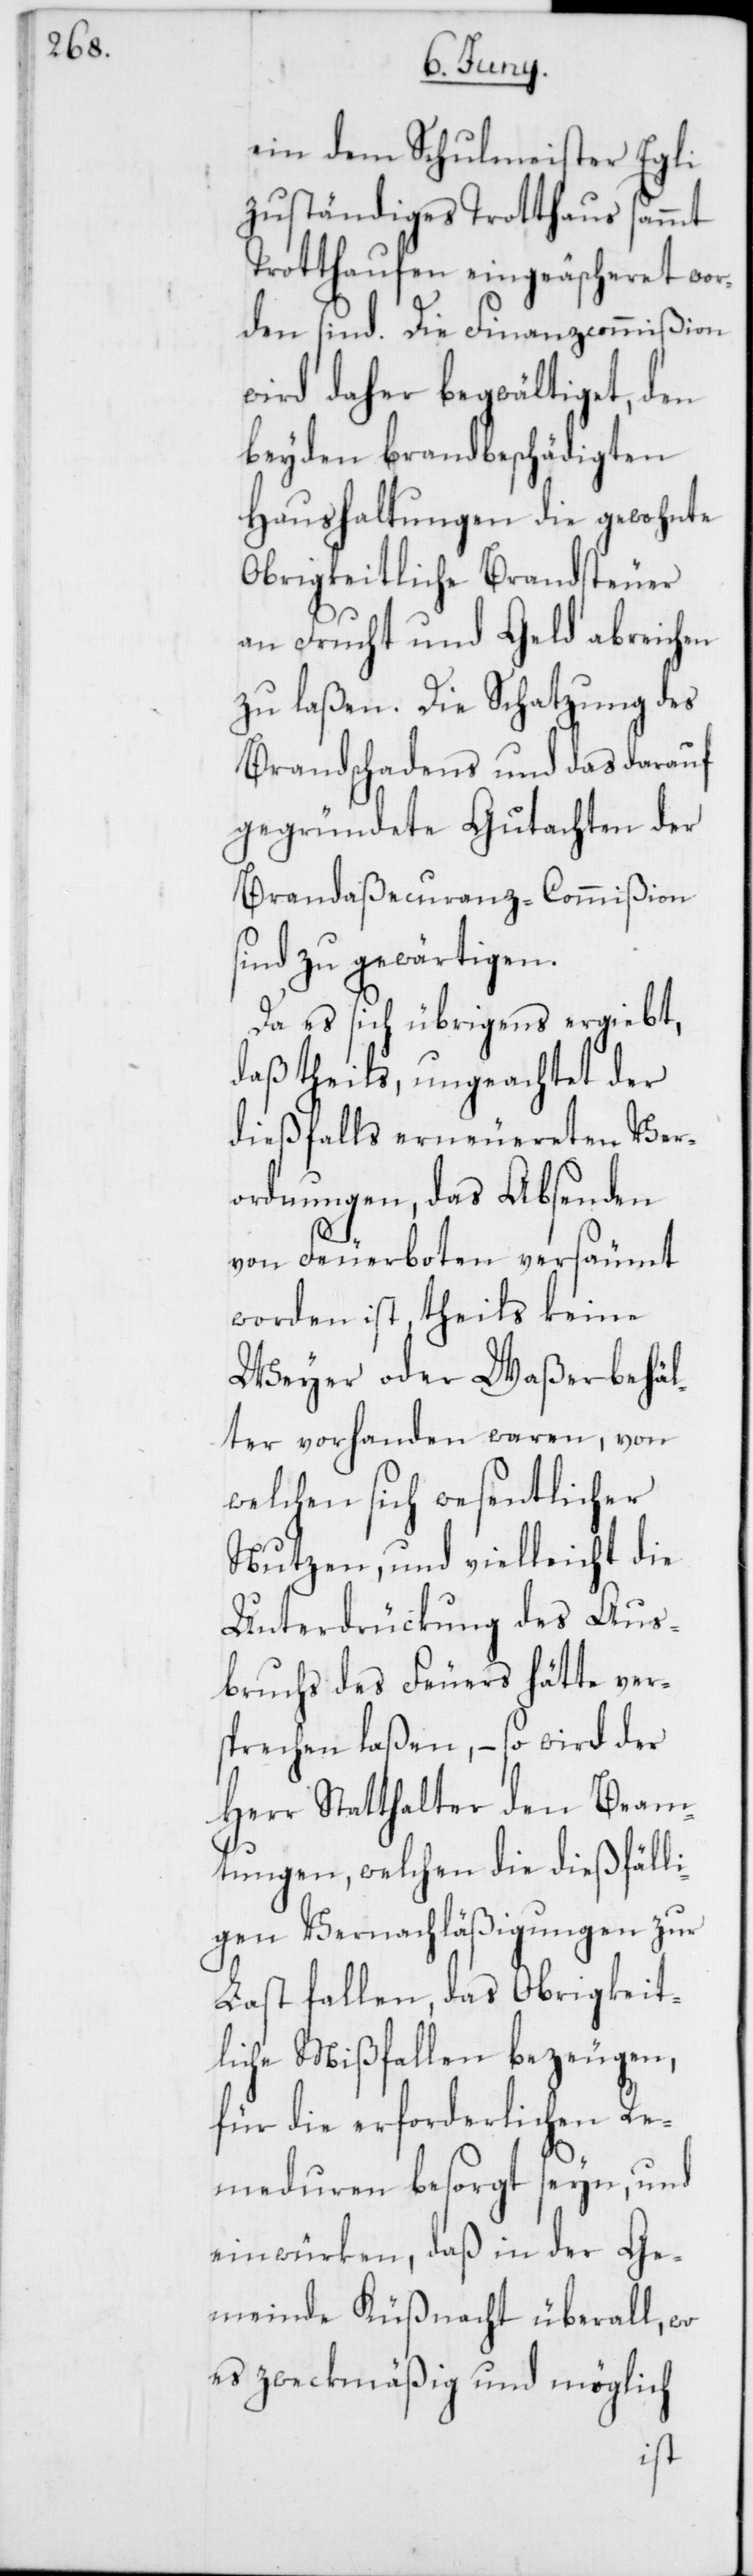
ein dem Schulmeister Egli
zuständiges Trotthaus sammt
Trotthaufen eingeäscheret wor¬
den sind. Die Finanzcommißion
wird daher begwältiget, den
beyden brandbeschädigten
Haushaltungen die gewohnte
Obrigkeitliche Brandsteuer
an Frucht und Geld abreichen
zu laßen. Die Schatzung des
Brandschadens und das darauf
gegründete Gutachten der
Brandaßecuranz-Commißion
sind zu gewärtigen.
Da es sich übrigens ergiebt,
daß theils, ungeachtet der
dießfalls erneuereten Ver¬
ordnungen, das Absenden
von Feuerboten versäumt
worden ist, theils keine
Weyer oder Waßerbehäl¬
ter vorhanden waren, von
welchen sich wesentlicher
Nutzen, und vielleicht die
Unterdrückung des Aus¬
bruchs des Feuers hätte ver¬
sprechen laßen, – so wird der
Herr Statthalter den Beam¬
tungen, welchen die dießfälli¬
gen Vernachläßigungen zur
Last fallen, das Obrigkeit¬
liche Mißfallen bezeugen,
für die erforderlichen Re¬
meduren besorgt seyn, und
einwürken, daß in der Ge¬
meinde Küßnacht überall, wo
es zweckmäßig und möglich